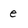
Character: e